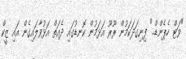
"ވަޓް ހެޕެންޑް.." ފިނިގަދަކަމުން ރޫރޫ އަޅަމުން ކޮނޑުގައި ދެއަތް އަޅުވާލައިގެން އައި ޒީކް